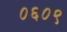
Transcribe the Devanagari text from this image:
०६०९